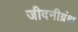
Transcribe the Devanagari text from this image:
जीवनीग्रंथ